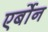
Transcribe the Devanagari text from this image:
एर्बोन